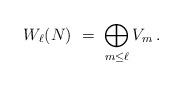
LaTeX: \begin{align*} W_\ell(N) \ = \ \bigoplus_{m\le\ell} V_m \,.\end{align*}